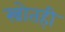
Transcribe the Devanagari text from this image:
स्त्रोतही